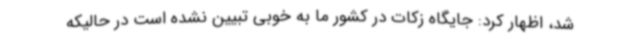
شد، اظهار کرد: جایگاه زکات در کشور ما به خوبی تبیین نشده است در حالیکه